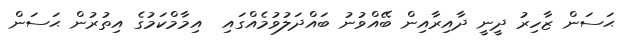
ޙަސަން ޒާހިރު ދީނީ ދާއިރާއިން ބޭއްވުނު ބައްދަލުވުމެއްގައި  އިމާމްކަމުގެ އިތުރުން ޙަސަން